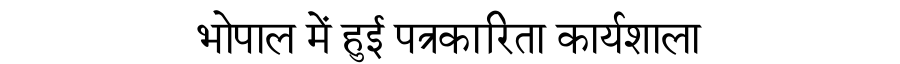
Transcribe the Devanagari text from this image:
भोपाल में हुई पत्रकारिता कार्यशाला